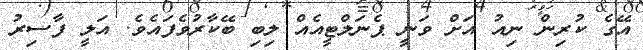
އޭގެ ކުރިން ނިއު އަށް ވަނީ ޕެނަލްޓީއެއް ލިބި ބޭކާރުވެފައެވެ. އަލީ ފާސިރު